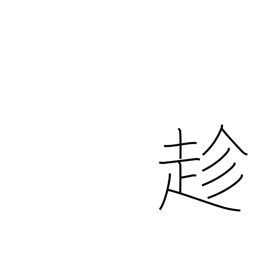
Meaning: go to